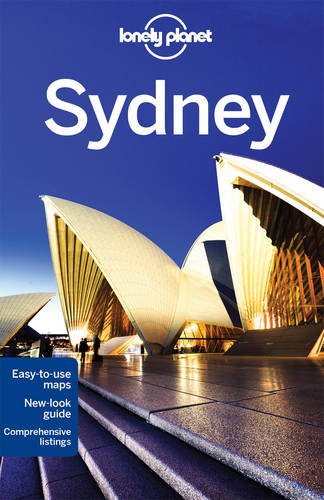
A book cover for Lonely Planet Sydney (Travel Guide); Lonely Planet; Travel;